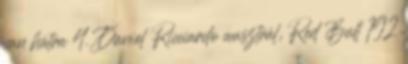
van hátra 4. Daniel Ricciardo ausztrál, Red Bull 192